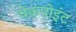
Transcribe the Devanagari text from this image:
चेकपोइंट